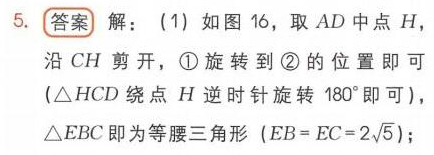
5. **答案** 解：（1）如图 16，取 \(AD\) 中点 \(H\)，
沿 \(CH\) 剪开，\textcircled{1} 旋转到 \textcircled{2} 的位置即可
（\(\triangle HCD\) 绕点 \(H\) 逆时针旋转 \(180^{\circ}\) 即可），
\(\triangle EBC\) 即为等腰三角形（\(EB = EC = 2\sqrt{5}\)）；